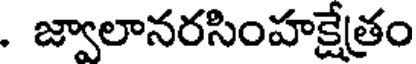
. జ్వాలానరసింహక్షేత్రం